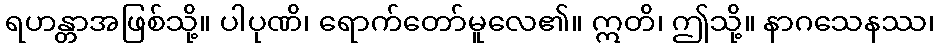
ရဟန္တာအဖြစ်သို့။ ပါပုဏိ၊ ရောက်တော်မူလေ၏။ ဣတိ၊ ဤသို့။ နာဂသေနဿ၊